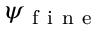
\psi _ { \mathrm { ~ f ~ i ~ n ~ e ~ } }